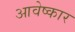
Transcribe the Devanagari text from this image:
आवेष्कार